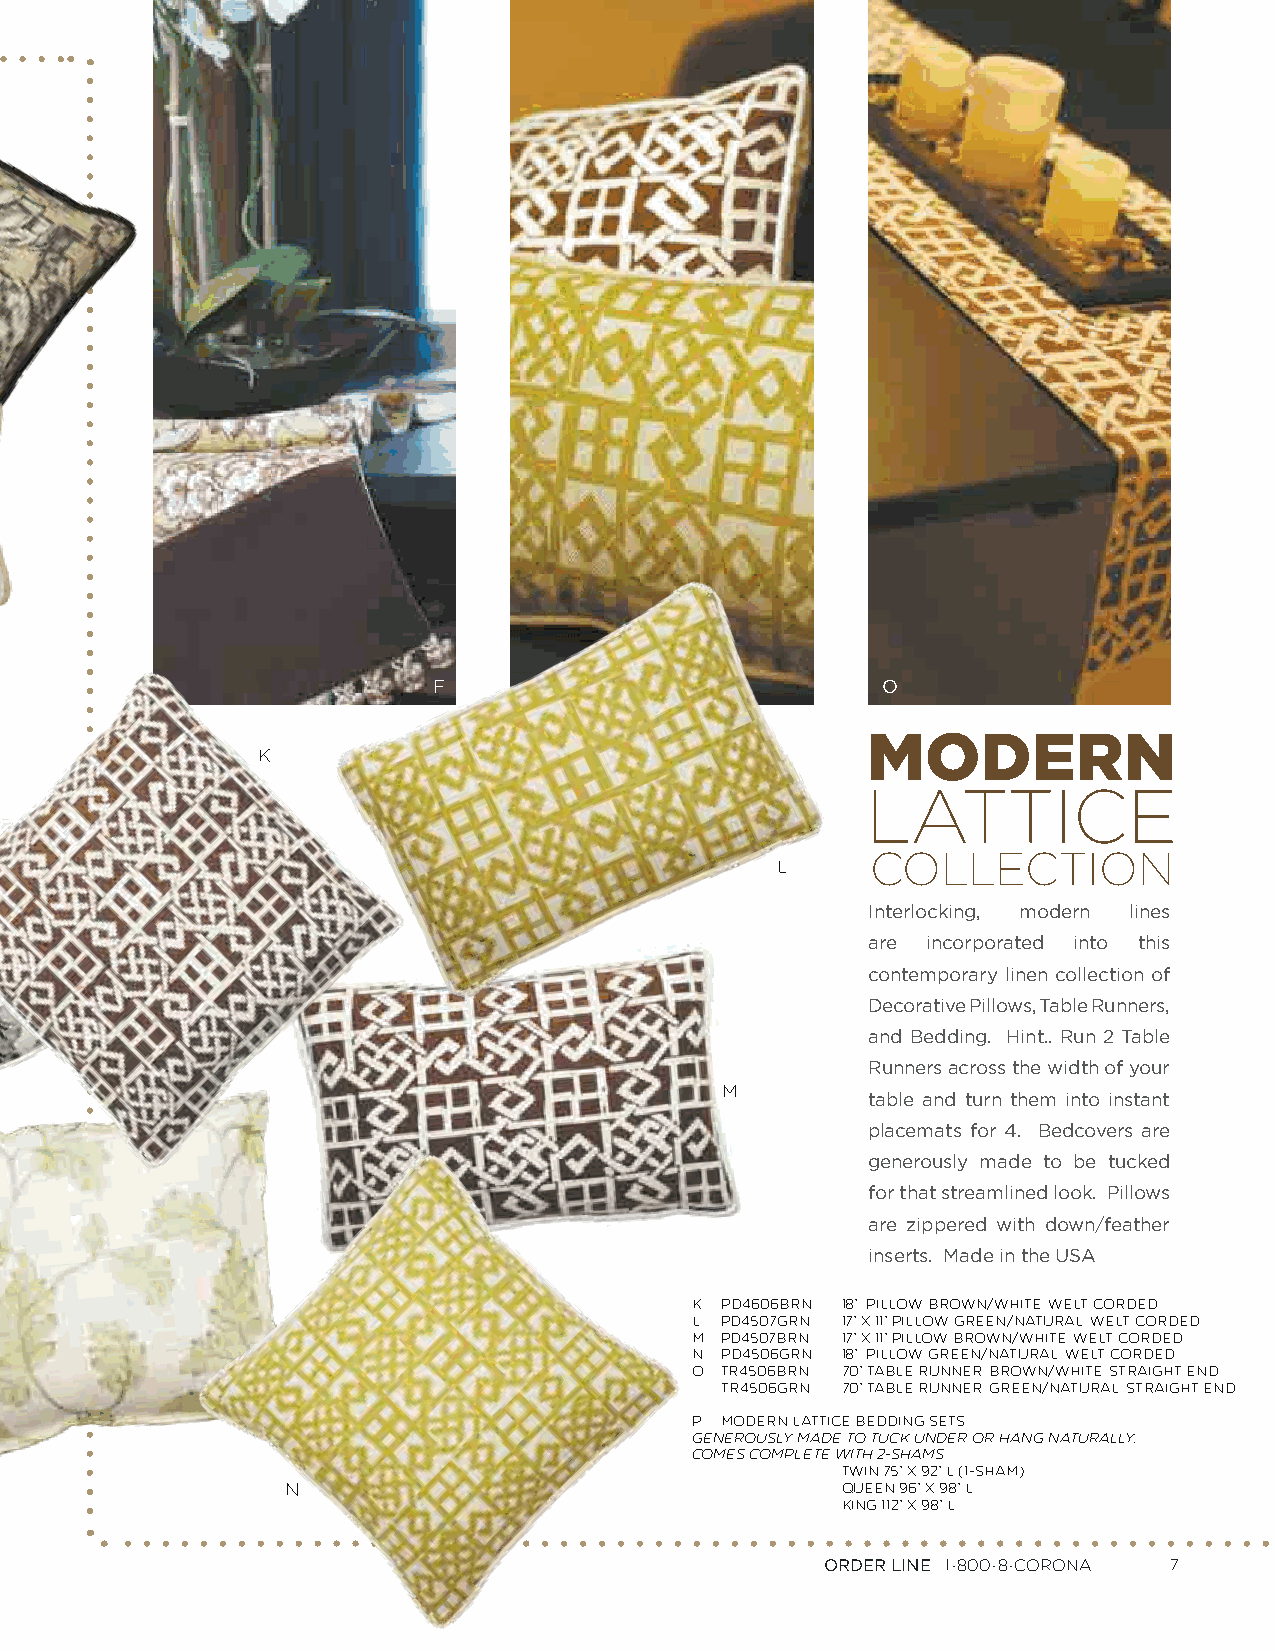
F                            O
 MODERN
 K
 LATTICE
 COLLECTION
 L
 Interlocking, modern lines
 are incorporated into this
 contemporary linen collection of
 Decorative Pillows, Table Runners,
 and Bedding. Hint.. Run 2 Table
 Runners across the width of your
 M
 table and turn them into instant
 placemats for 4. Bedcovers are
 generously made to be tucked
 for that streamlined look. Pillows
 are zippered with down/feather
 inserts. Made in the USA
 K. PD4606BRN 18” PILLOW, BROWN/WHITE, WELT CORDED
 L. PD4507GRN 17” X 11” PILLOW, GREEN/NATURAL, WELT CORDED
 M. PD4507BRN 17” X 11” PILLOW, BROWN/WHITE, WELT CORDED
 N. PD4506GRN 18” PILLOW, GREEN/NATURAL, WELT CORDED
 O. TR4506BRN 70” TABLE RUNNER, BROWN/WHITE, STRAIGHT END
 TR4506GRN 70” TABLE RUNNER, GREEN/NATURAL, STRAIGHT END
 P. MODERN LATTICE BEDDING SETS
 GENEROUSLY MADE TO TUCK UNDER OR HANG NATURALLY.
 COMES COMPLETE WITH 2-SHAMS
 TWIN 75” X 92” L (1-SHAM)
 N                                    QUEEN 96” X 98” L
 KING 112” X 98” L
 ORDER LINE 1-800-8-CORONA 7